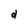
Character: d